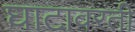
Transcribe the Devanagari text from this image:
घाटावरती